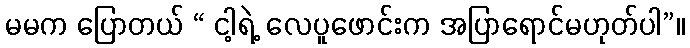
မမက ပြောတယ် “ ငါ့ရဲ့ လေပူဖောင်းက အပြာရောင်မဟုတ်ပါ”။